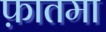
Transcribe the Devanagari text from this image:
फ़ातमा